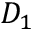
D _ { 1 }